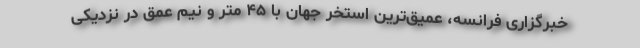
خبرگزاری فرانسه، عمیق‌ترین استخر جهان با ۴۵ متر و نیم عمق در نزدیکی